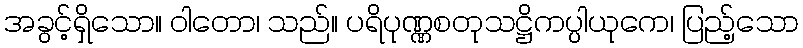
အခွင့်ရှိသော။ ဝါတော၊ သည်။ ပရိပုဏ္ဏစတုသဋ္ဌိကပ္ပါယုကေ၊ ပြည့်သော